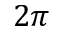
2 \pi